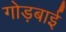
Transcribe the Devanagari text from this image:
गोड़बाई